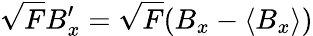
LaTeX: \sqrt{F}B_{x}^{\prime}=\sqrt{F}(B_{x}-\langle B_{x}\rangle)